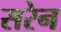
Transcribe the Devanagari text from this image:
सरेन